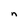
Character: n